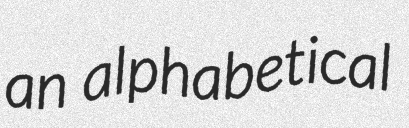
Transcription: an alphabetical